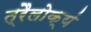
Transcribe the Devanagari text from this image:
त्रैलोक्यं